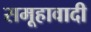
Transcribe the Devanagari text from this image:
समूहावादी